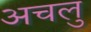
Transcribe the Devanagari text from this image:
अचलु